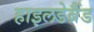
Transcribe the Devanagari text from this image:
हाइलडेब्रैंड